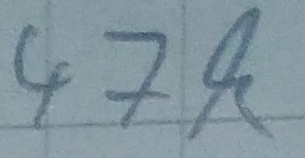
Text: 47k